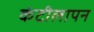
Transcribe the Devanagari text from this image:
कंटीलापन